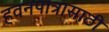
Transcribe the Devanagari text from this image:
हवनपात्रासाठी